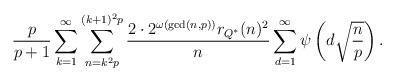
LaTeX: \begin{align*}\frac{p}{p+1} \sum_{k=1}^{\infty} \sum_{n=k^{2} p}^{(k+1)^{2} p}\frac{2 \cdot 2^{\omega(\gcd(n,p))} r_{Q^{*}}(n)^{2}}{n} \sum_{d=1}^{\infty} \psi\left(d \sqrt{\frac{n}{p}}\right).\end{align*}